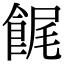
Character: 䬿